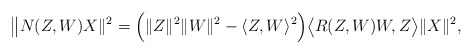
\begin{align*}\big{\|} N(Z,W)X\|^2= \Big{(} \|Z\|^2 \|W\|^2 - \langle Z,W \rangle^2 \Big{)} \big{\langle} R(Z,W)W,Z \big{\rangle} \|X\|^2,\end{align*}